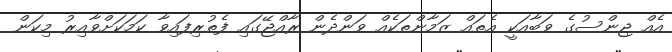
އެއް ޖިންސުގެ ވަބާއަކީ އެތައް ޒަމާންތަކެއް ވަންދެން ރާއްޖޭގައި ފެތުރިފައިވާ ކަމަކަށްވާއިރު މިކަން